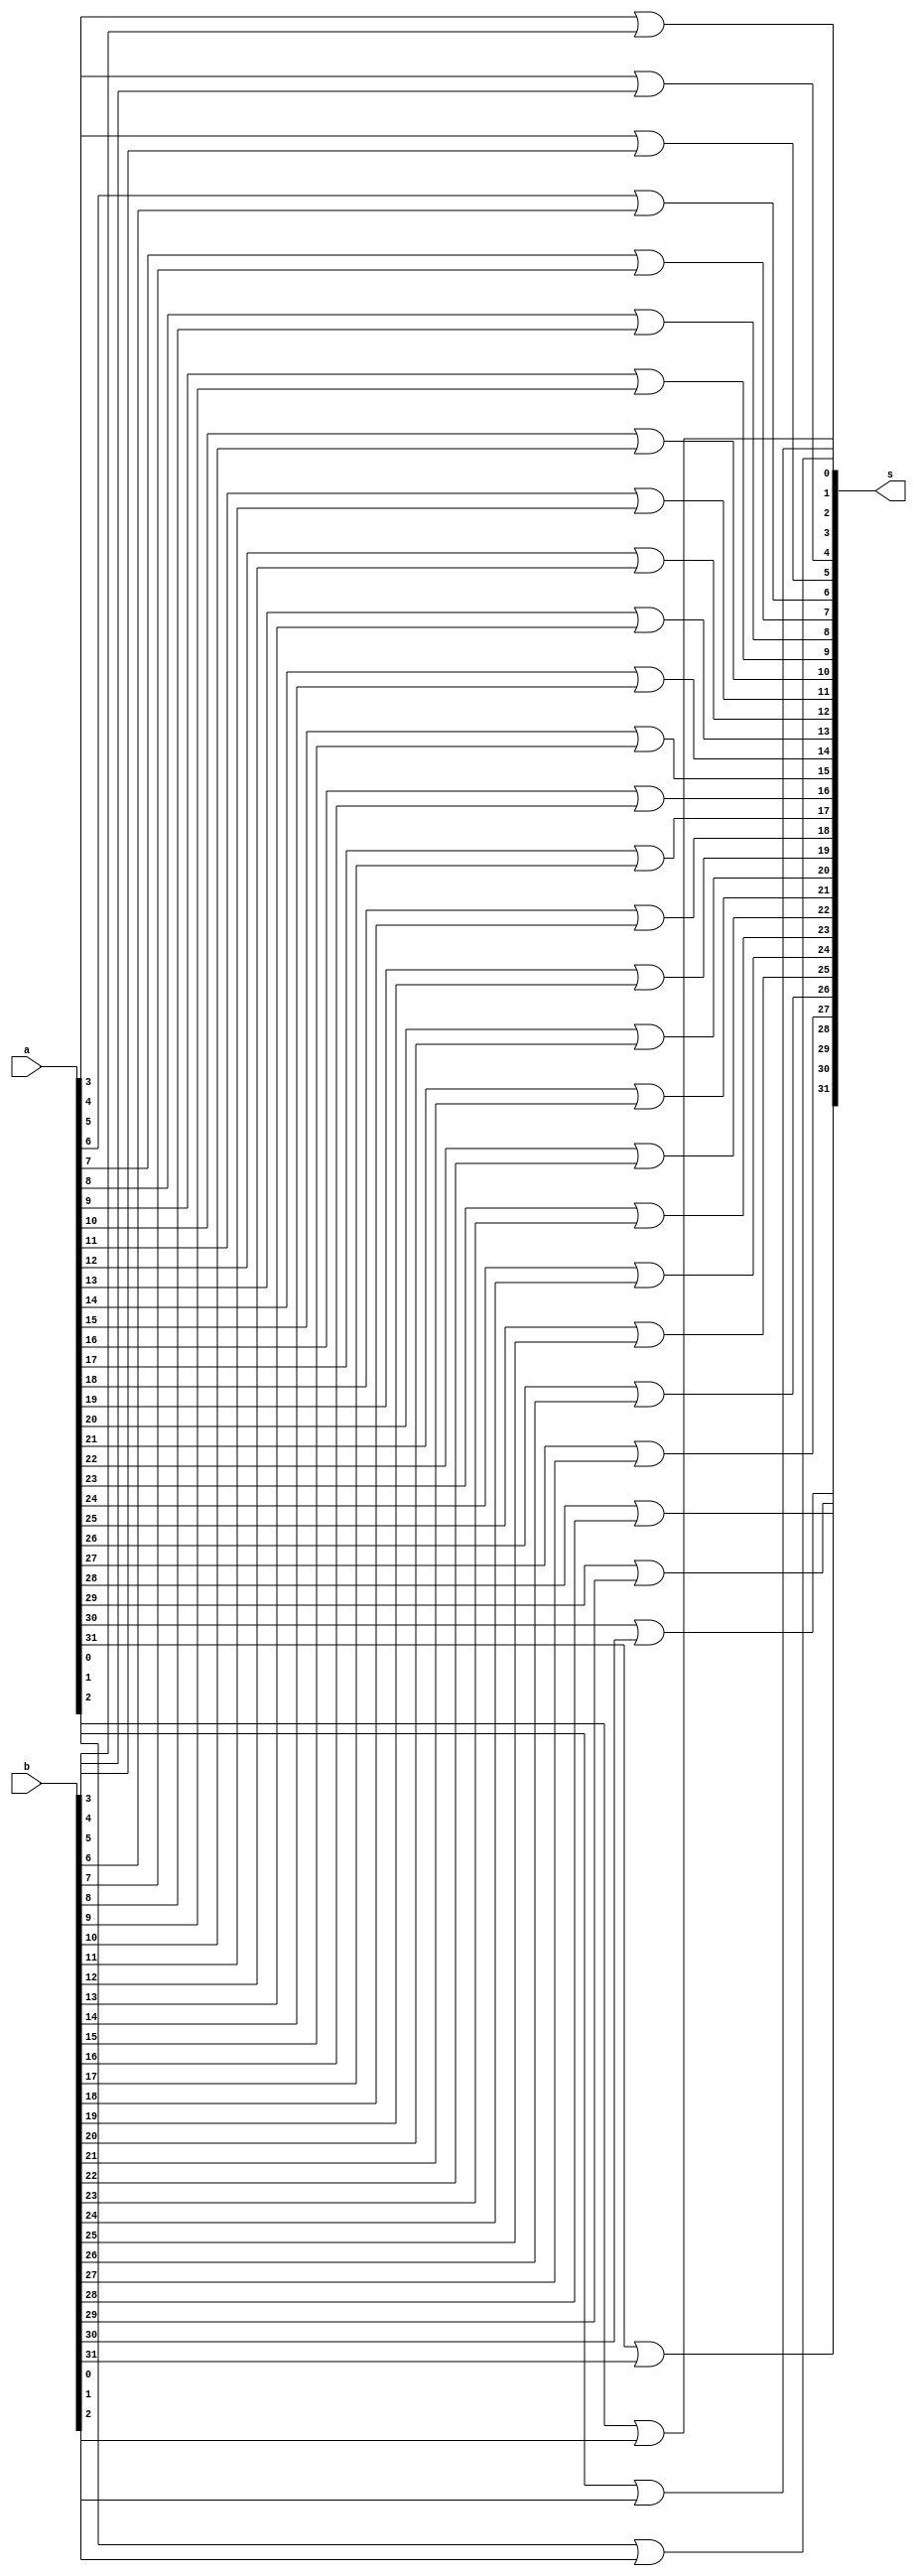
module Or_32bit(
    input [31:0] a,
    input [31:0] b,
    output [31:0] s
    );

or a1 (s[0],a[0],b[0]);
or a2 (s[1],a[1],b[1]);
or a3 (s[2],a[2],b[2]);
or a4 (s[3],a[3],b[3]);
or a5 (s[4],a[4],b[4]);
or a6 (s[5],a[5],b[5]);
or a7 (s[6],a[6],b[6]);
or a8 (s[7],a[7],b[7]);
or a9 (s[8],a[8],b[8]);
or a10 (s[9],a[9],b[9]);
or a11 (s[10],a[10],b[10]);
or a12 (s[11],a[11],b[11]);
or a13 (s[12],a[12],b[12]);
or a14 (s[13],a[13],b[13]);
or a15 (s[14],a[14],b[14]);
or a16 (s[15],a[15],b[15]);
or a17 (s[16],a[16],b[16]);
or a18 (s[17],a[17],b[17]);
or a19 (s[18],a[18],b[18]);
or a20 (s[19],a[19],b[19]);
or a21 (s[20],a[20],b[20]);
or a22 (s[21],a[21],b[21]);
or a23 (s[22],a[22],b[22]);
or a24 (s[23],a[23],b[23]);
or a25 (s[24],a[24],b[24]);
or a26 (s[25],a[25],b[25]);
or a27 (s[26],a[26],b[26]);
or a28 (s[27],a[27],b[27]);
or a29 (s[28],a[28],b[28]);
or a30 (s[29],a[29],b[29]);
or a31 (s[30],a[30],b[30]);
or a32 (s[31],a[31],b[31]);

endmodule